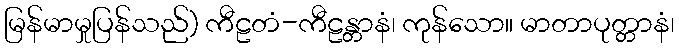
မြန်မာမှုပြန်သည်) ကီဠတံ-ကီဠန္တာနံ၊ ကုန်သော။ မာတာပုတ္တာနံ၊